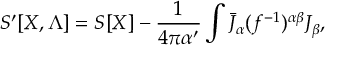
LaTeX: S ^ { \prime } [ X , \Lambda ] = S [ X ] - { \frac { 1 } { 4 \pi \alpha ^ { \prime } } } \int \bar { J } _ { \alpha } ( f ^ { - 1 } ) ^ { \alpha \beta } J _ { \beta } ,